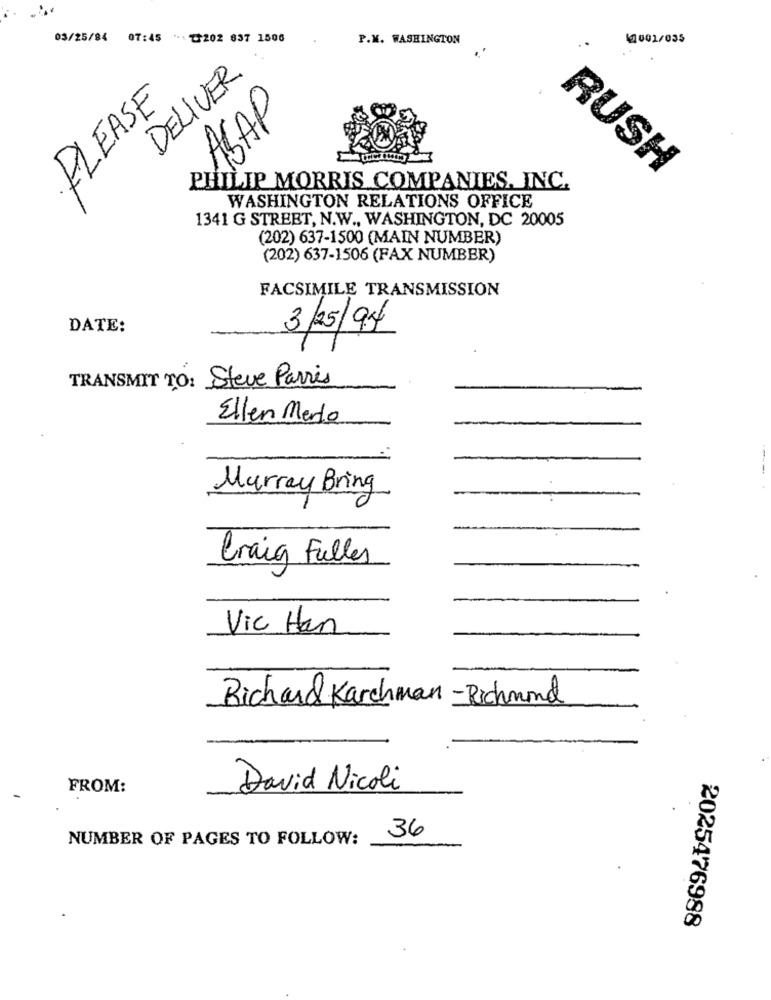
03/25/84 07:45 *℃202 837 1506
P.M. WASHINGTON
40001/035
DELIVER
PLEASE
ASAP
RUSH
PHILIP MORRIS COMPANIES. INC.
WASHINGTON RELATIONS OFFICE
1341 G STREET, N.W ., WASHINGTON, DC 20005
(202) 637-1500 (MAIN NUMBER)
(202) 637-1506 (FAX NUMBER)
FACSIMILE TRANSMISSION
DATE:
3/25/94
TRANSMIT TO: Steve Parris
Ellen Merlo
---
Murray Bring
Craig Fuller
Vic Han
Richard Karchman -Richmond
FROM:
David Nicoli
-
NUMBER OF PAGES TO FOLLOW:
36
2025476988